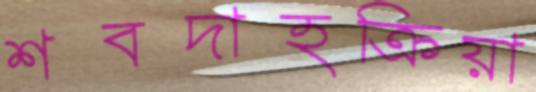
শবদাহক্রিয়া